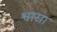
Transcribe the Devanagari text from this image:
श्वासा